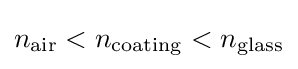
n_{\rm {air}}<n_{\rm {coating}}<n_{\rm {glass}}